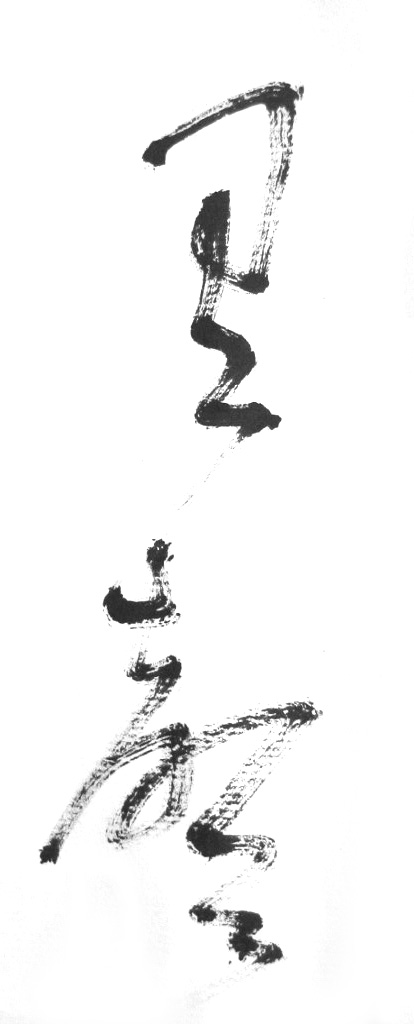
别有幽愁暗恨生，此时无声胜有声。